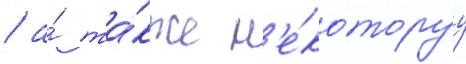
/ а́ та́кже н'е́которуу